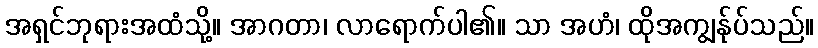
အရှင်ဘုရားအထံသို့။ အာဂတာ၊ လာရောက်ပါ၏။ သာ အဟံ၊ ထိုအကျွန်ုပ်သည်။